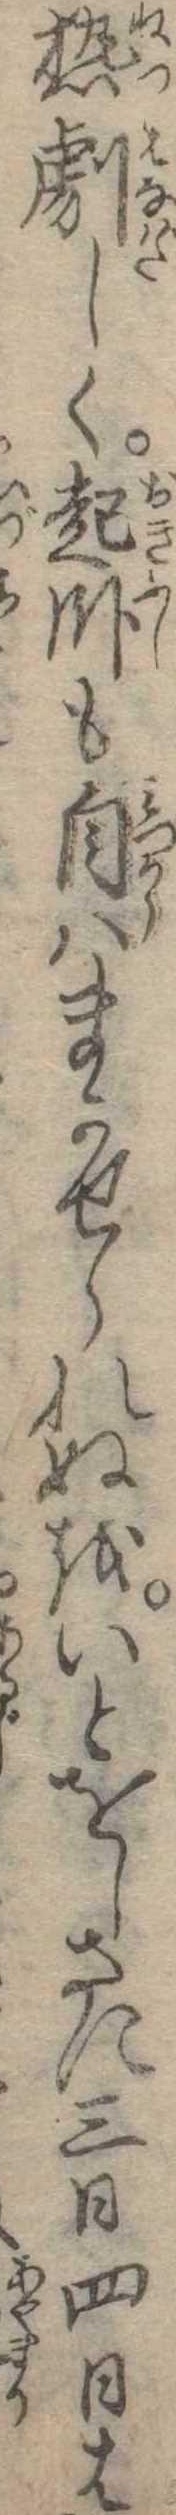
熱劇しく起臥も自はまかせられぬをいとをしさに三日四日は